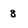
Character: 8